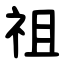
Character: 祖